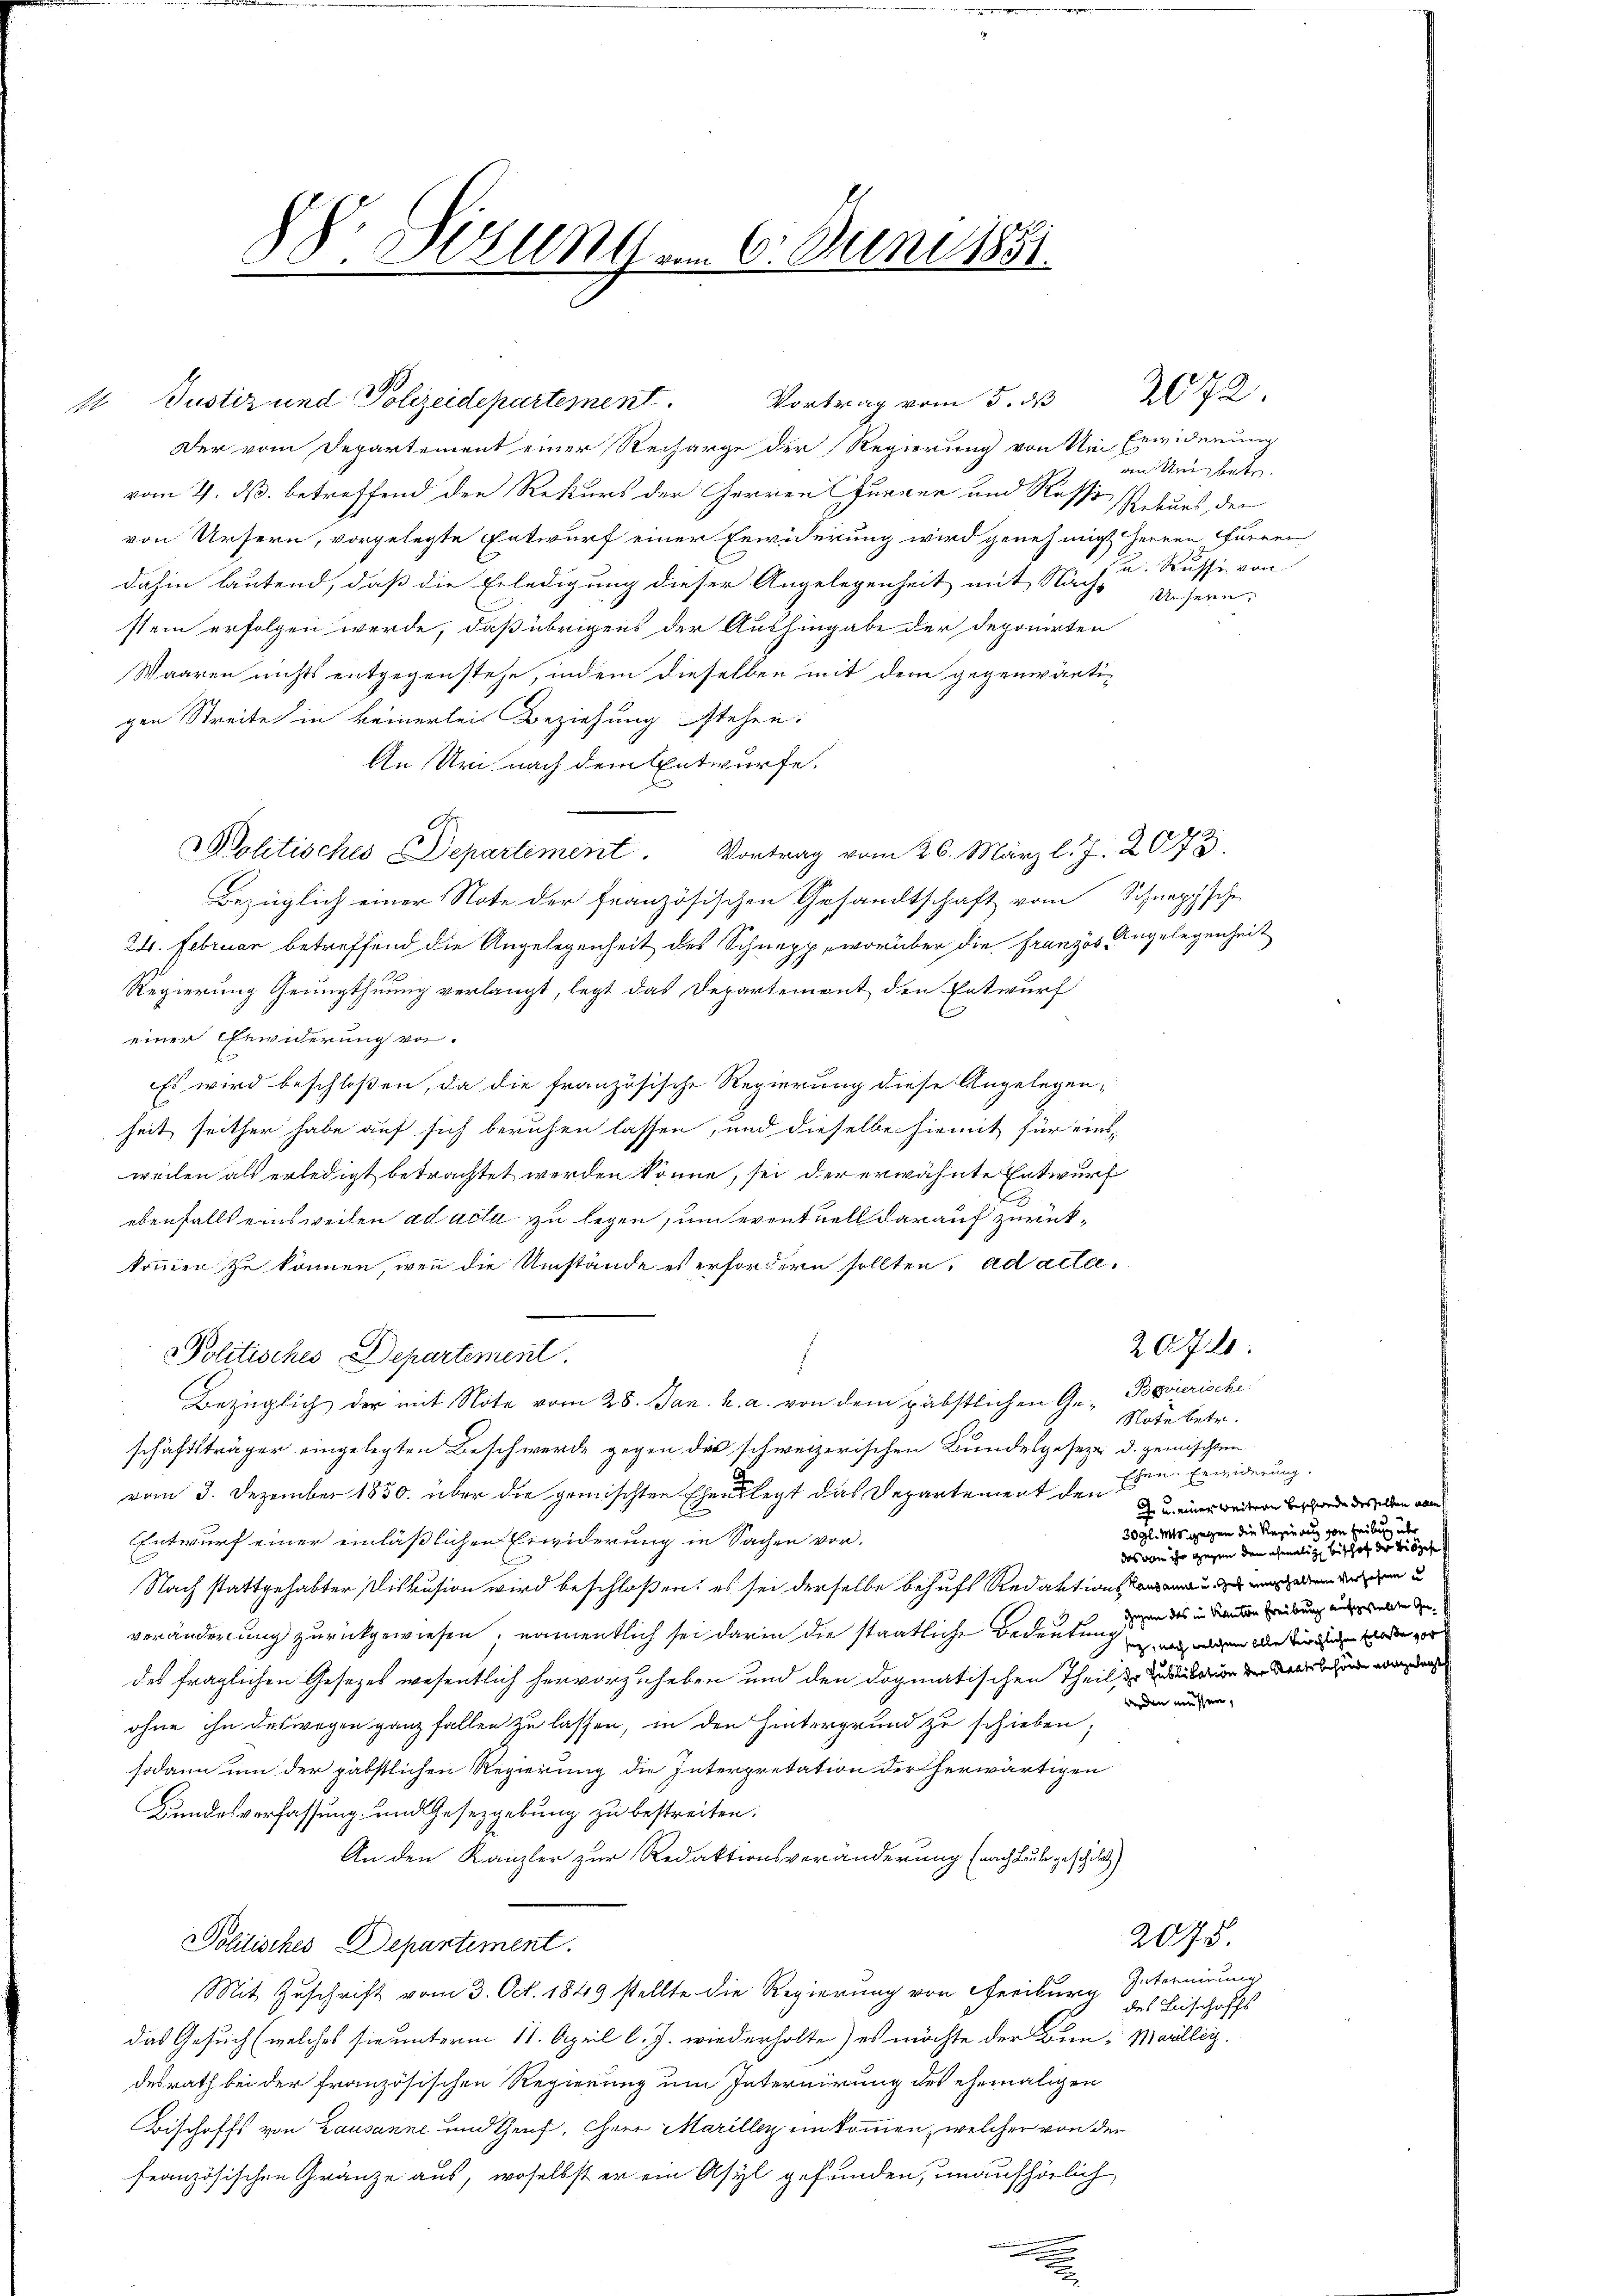
DDr. Sizung am 6. Juni 1891.

Justiz und Polizeidepartement.
Der vom Departement einer Recharge der Regierung von Um- Erwiderung
vom 2. ds. betreffend den Rekurs der Herren Purner und Rosse soeurs, der
von Ursern, vorgelegte Entwurf einer Erwiderung wird genehmigt herren furren
dahin lautend, daß die Erledigung dieser Angelegenheit mit Nach- Ursern:
stem erfolgen werde, daß übrigens der Aushingabe der deponirten
Waaren nichts entgegenstehe, indem dieselben mit dem gegenwärtigen Streite in keinerlei Beziehung stehen:
An Uri nach dem Entwurfe.
F
Politisches Departement. Vortrag vom 26. März l. J. 2073.
Bezüglich einer Note der französischen Gesandtschaft vom Schnappsche
24. Februar betreffend die Angelegenheit des Schnepp, worüber die Französ Angelegenheit
Regierung Genugthuung verlangt, legt das Departement den Entwurf
einer Erwiderung von.
Es wird beschloßen, da die französische Regierung diese Angelegen-
heit seither habe auf sich beruhen lassen, und dieselbe hiemit für einsweilen als erledigt betrachtet werden könne, sei der erwähnte Entwurf
ebenfalls einsweilen ad acta zu legen, und eventuell darauf zurückkommen zu können, wenn die Umstände es erfordern sollten, ad actee¬
Politisches Departement.
Bezüglich der mit Note vom 28. Jan. u. a. von dem päbstlichen Ge- Bavierische
Note betr.
schäftsträger eingelegten Beschwerde gegen die schweizerischen Bundesgeseze d. gemischen
vom 3. Dezember 1850. über die gemischten Ehen legt das Departement den
Entwurf einer einläßlichen Erwiderung in Sachen vor.
Nach stattgehabter Pliskusion wird beschloßen: es sei derselbe behufs Redaktions einen der dem u
veränderung zurückgewiesen; namentlich sei darin die staatliche Bedeutung
des fraglichen Gesetzes wesentlich hervorzuheben und den dogmatischen Theil darin der Welchen wesen
Anden in
ohne ihn deswegen ganz fallen zu lassen, in den Hintergrund zu schieben;
sodann um der päbstlichen Regierung die Interpretation der herwärtigen
Bundesverfassung und Gesetzgebung zu bestreiten.
An den Kanzler zur Redaktionsveränderung (nachbuche geschildt
Politisches Departiment.
Mit Zuschrift vom 3. Oct. 1849 stellte die Regierung von Freiburg Internirung
das Gesuch (welches sie unterm 11. April l. J. wiederholte) es möchte der Bun-Marillig.
desrath bei der französischen Regierung um Internirung des ehemaligen
Bischoffs von Lausanne und Genf, Ehere Marillen einkommen, welcher von der
französischen Gränze aus, woselbst er ein Asyl gefunden, unaufhörlich
.

Vortrag vom 5. dß

an Unbetr.
u. Russe von

2072.

Ehen Erwiderung.
 u. einer weitere Beschwede desselben aben
30gl. Mts. gegen die Regierung von Teilung über
das von ihr gegen den ehemalige bei sehr der bis ges
Gegen das im Kanton Freiburg aufgestellte Gesey, nach welchem alle kirchlichen Erlasse vor

20720:

2075.
des Beschoffs